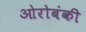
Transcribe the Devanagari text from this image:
ओरोबंकी